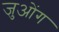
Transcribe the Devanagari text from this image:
जुओंग